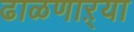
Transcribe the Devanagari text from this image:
ढाळणाऱ्या